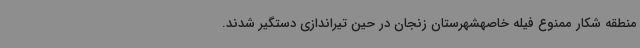
منطقه شکار ممنوع فیله خاصهشهرستان زنجان در حین تیراندازی دستگیر شدند.